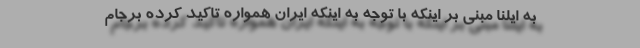
به ایلنا مبنی بر اینکه با توجه به اینکه ایران همواره تاکید کرده برجام